Indian journal of veterinary science and animal husbandry - Volumes 22-23, 1952-1953
Year: 1952
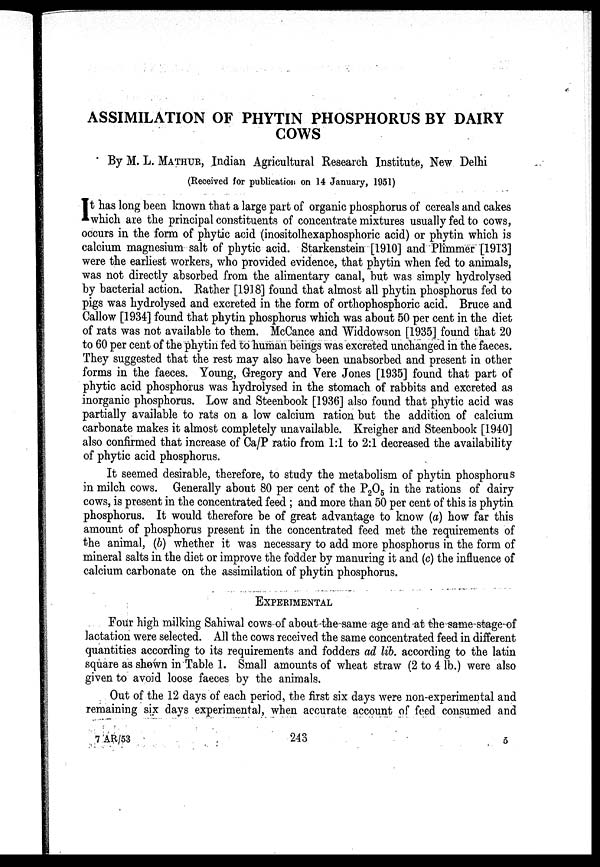
ASSIMILATION OF PHYTIN PHOSPHORUS BY DAIRY
COWS
By M. L. MATHUR, Indian Agricultural Research Institute, New Delhi
(Received for publication on 14 January, 1951)
I t has long been known that a large part of organic phosphorus of cereals and cakes
which are the principal constituents of concentrate mixtures usually fed to cows,
occurs in the form of phytic acid (inositolhexaphosphoric acid) or phytin which is
calcium magnesium salt of phytic acid. Starkenstein [1910] and Plimmer [1913]
were the earliest workers, who provided evidence, that phytin when fed to animals,
was not directly absorbed from the alimentary canal, but was simply hydrolysed
by bacterial action. Rather [1918] found that almost all phytin phosphorus fed to
pigs was hydrolysed and excreted in the form of orthophosphoric acid. Bruce and
Callow [1934] found that phytin phosphorus which was about 50 per cent in the diet
of rats was not available to them. McCance and Widdowson [1935] found that 20
to 60 per cent of the phytin fed to human beings was excreted unchanged in the faeces.
They suggested that the rest may also have been unabsorbed and present in other
forms in the faeces. Young, Gregory and Vere Jones [1935] found that part of
phytic acid phosphorus was hydrolysed in the stomach of rabbits and excreted as
inorganic phosphorus. Low and Steenbook [1936] also found that phytic acid was
partially available to rats on a low calcium ration but the addition of calcium
carbonate makes it almost completely unavailable. Kreigher and Steenbook [1940]
also confirmed that increase of Ca/P ratio from 1:1 to 2:1 decreased the availability
of phytic acid phosphorus.
It seemed desirable, therefore, to study the metabolism of phytin phosphorus
in milch cows. Generally about 80 per cent of the P 2 O 5 in the rations of dairy
cows, is present in the concentrated feed ; and more than 50 per cent of this is phytin
phosphorus. It would therefore be of great advantage to know (a) how far this
amount of phosphorus present in the concentrated feed met the requirements of
the animal, (b) whether it was necessary to add more phosphorus in the form of
mineral salts in the diet or improve the fodder by manuring it and (c) the influence of
calcium carbonate on the assimilation of phytin phosphorus.
EXPERIMENTAL
Four high milking Sahiwal cows of about the same age and at the same stage of
lactation were selected. All the cows received the same concentrated feed in different
quantities according to its requirements and fodders ad lib. according to the latin
square as shown in Table 1. Small amounts of wheat straw (2 to 4 lb.) were also
given to avoid loose faeces by the animals.
Out of the 12 days of each period, the first six days were non-experimental and
remaining six days experimental, when accurate account of feed consumed and
7 AR/53
243
5